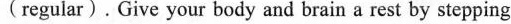
(regular).Give your body and brain a rest by stepping